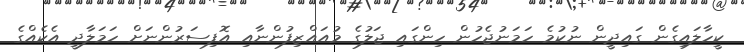
ކީހާލައިގެން ގައިދީން ނުކުމެ ހަމަނުޖެހުން ހިންގައި ޖަލުގެ މުއައްޒިފުންނާއި އޮފިސަރުންނަށް ހަމަލާދީ އެކެއްގެ